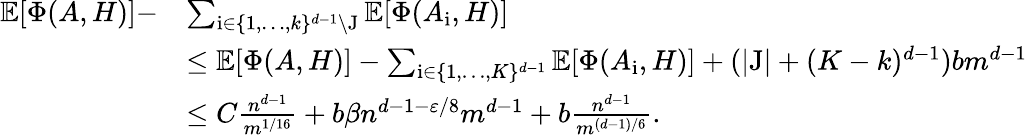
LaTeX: \begin{array}{rl}{\mathbb{E}[\Phi(A,H)]-}&{\sum_{\mathrm i\in\{ 1,\dots,k\} ^{d-1}\setminus\mathrm J}\mathbb{E}[\Phi(A_{\mathrm i},H)]}\\ &{\le\mathbb{E}[\Phi(A,H)]-\sum_{\mathrm i\in\{ 1,\dots,K\} ^{d-1}}\mathbb{E}[\Phi(A_{\mathrm i},H)]+(|\mathrm J|+(K-k)^{d-1})bm^{d-1}}\\ &{\le C\frac{n^{d-1}}{m^{1/16}}+b\beta n^{d-1-\varepsilon/8}m^{d-1}+b\frac{n^{d-1}}{m^{(d-1)/6}}.}\end{array}